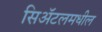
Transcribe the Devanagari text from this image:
सिअॅटलमधील